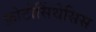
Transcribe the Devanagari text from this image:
फ़ोटोसिंथेसिस